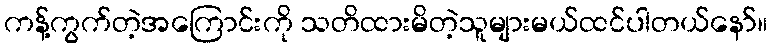
ကန့်ကွက်တဲ့အကြောင်းကို သတိထားမိတဲ့သူများမယ်ထင်ပါတယ်နော်။